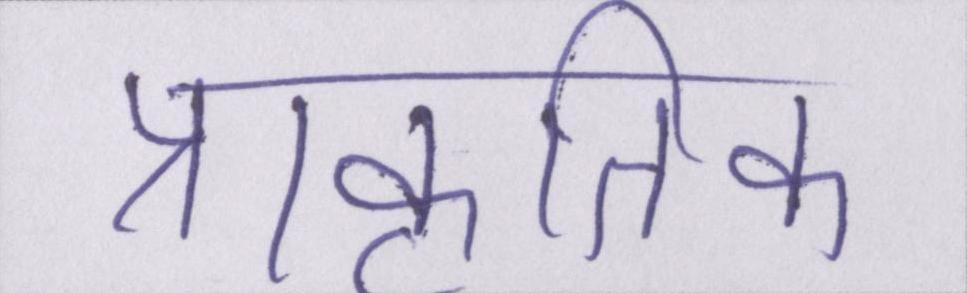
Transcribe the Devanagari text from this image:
प्राकृतिक